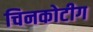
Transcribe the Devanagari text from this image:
चिनकोटीग